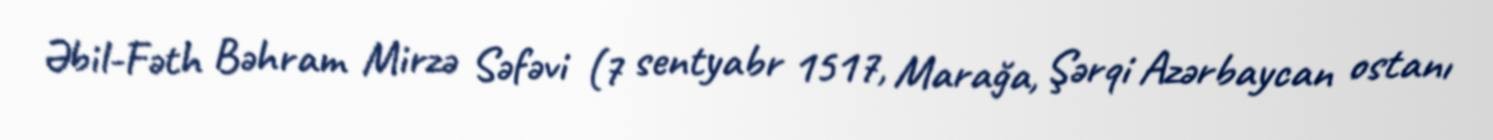
Əbil-Fəth Bəhram Mirzə Səfəvi (7 sentyabr 1517, Marağa, Şərqi Azərbaycan ostanı